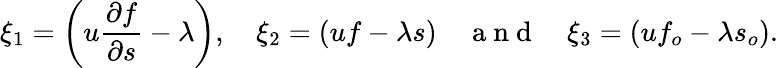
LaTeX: \xi_{1}=\left(u\frac{\partial f}{\partial s}-\lambda\right),\quad\xi_{2}=(uf-\lambda s)\quad\mathrm{~a~n~d~}\quad\xi_{3}=(uf_{o}-\lambda s_{o}).